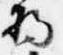
将